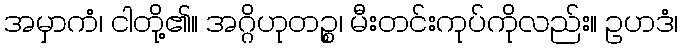
အမှာကံ၊ ငါတို့၏။ အဂ္ဂိဟုတဉ္စ၊ မီးတင်းကုပ်ကိုလည်း။ ဥဟဒံ၊